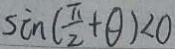
\sin ( \frac { \pi } { 2 } + \theta ) < 0